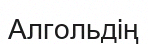
Алгольдің